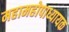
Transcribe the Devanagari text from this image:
महामहोपाध्यायक